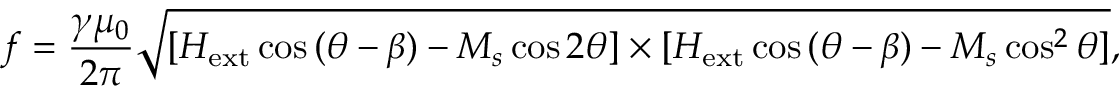
f = \frac { \gamma \mu _ { 0 } } { 2 \pi } \sqrt { [ { H _ { \mathrm { e x t } } \cos { ( \theta - \beta ) - M _ { s } \cos { 2 \theta } } ] } \times { [ H _ { \mathrm { e x t } } \cos { ( \theta - \beta ) - M _ { s } \cos ^ { 2 } { \theta } } } ] } ,